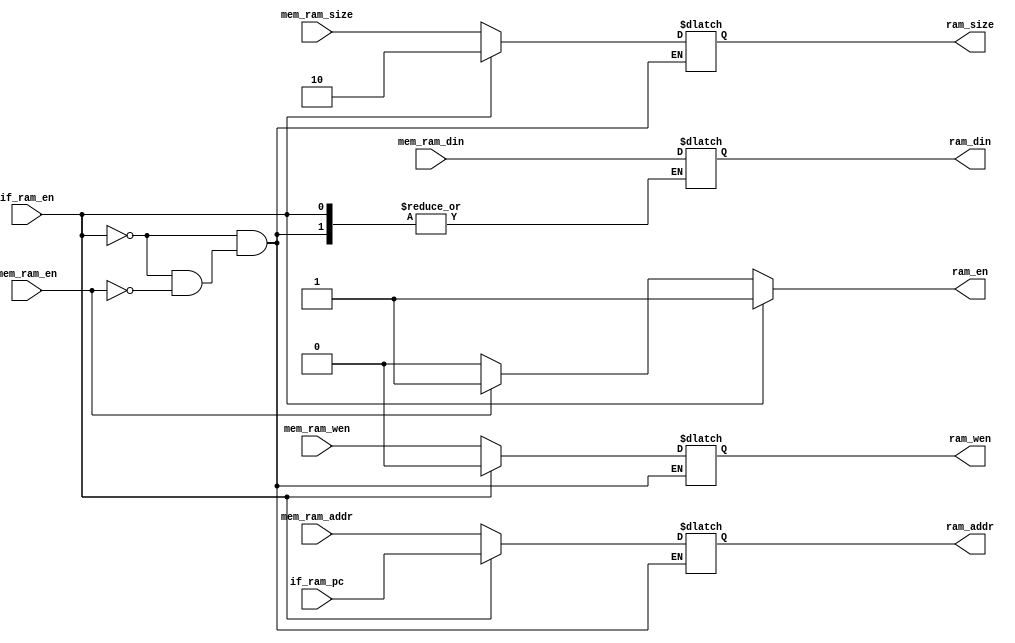
module core_mem_mux (
    //IF
    input                   if_ram_en,
    input[31:0]             if_ram_pc,
    //MEM
    input                   mem_ram_en,
    input                   mem_ram_wen,
    input[31:0]             mem_ram_addr,
    input[1:0]              mem_ram_size,
    input[31:0]             mem_ram_din,
    //ram interface
    output reg              ram_en,
    output reg              ram_wen,
    output reg[31:0]        ram_addr,
    output reg[1:0]         ram_size,
    output reg[31:0]        ram_din
);

always @(*) begin
    //IF
    if (if_ram_en) begin
        ram_en = 1'b1;
        ram_wen = 1'b0;
        ram_addr = if_ram_pc;
        ram_size = 2'b10;
    end else if(mem_ram_en) begin
        //MEM
        ram_en = 1'b1;
        ram_wen = mem_ram_wen;
        ram_addr = mem_ram_addr;
        ram_size = mem_ram_size;
        ram_din = mem_ram_din;
    end else begin
        ram_en = 1'b0;
    end
end

endmodule